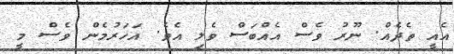
އެއީ ތެދެއް. ނޫރު ވެސް އެއްބަސް ވެލި އެވެ. އަހަރުމެން ވެސް މީ